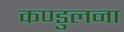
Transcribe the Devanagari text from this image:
कण्डुलना